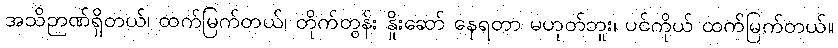
အသိဉာဏ်ရှိတယ်၊ ထက်မြက်တယ်၊ တိုက်တွန်း နှိုးဆော် နေရတာ မဟုတ်ဘူး၊ ပင်ကိုယ် ထက်မြက်တယ်။